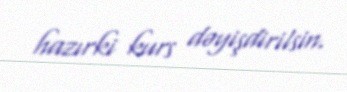
hazırki kurs dəyişdirilsin.